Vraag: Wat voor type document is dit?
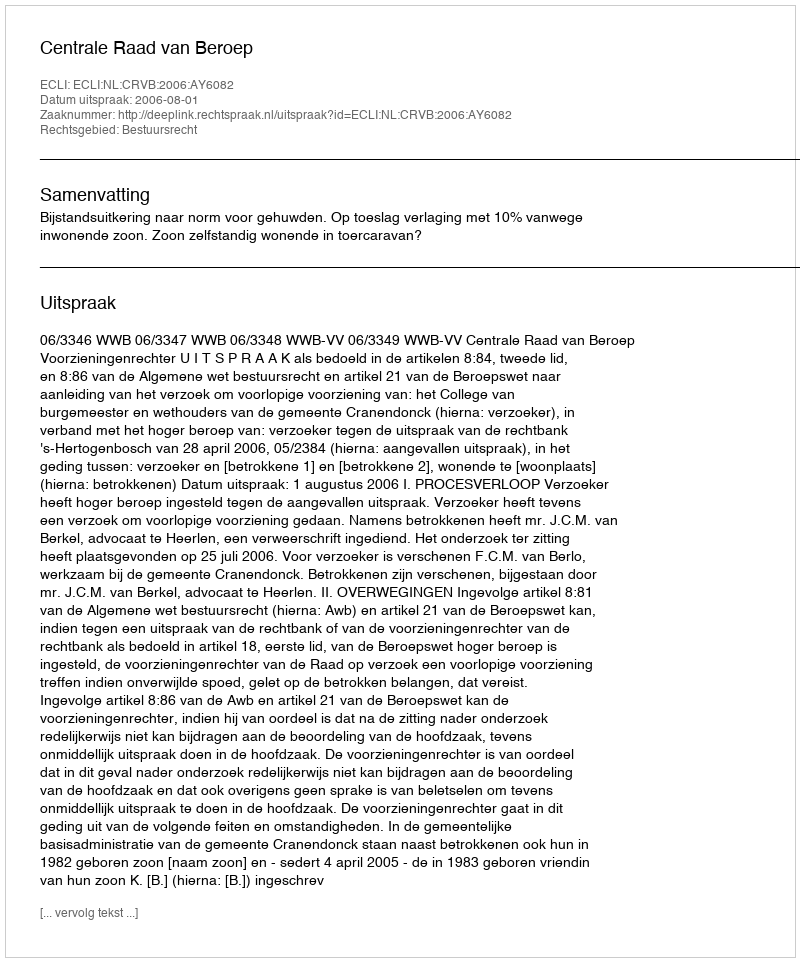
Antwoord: Uitspraak